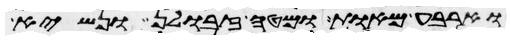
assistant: וארבע מאות ומטה זבולן ונשיא